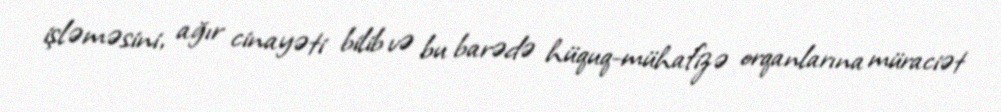
işləməsini, ağır cinayəti bilib və bu barədə hüquq-mühafizə orqanlarına müraciət